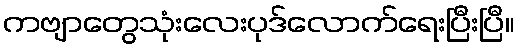
ကဗျာတွေသုံးလေးပုဒ်လောက်ရေးပြီးပြီ။